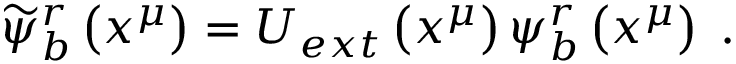
\begin{array} { r } { \widetilde { \psi } _ { b } ^ { r } \left( x ^ { \mu } \right) = U _ { e x t } \left( x ^ { \mu } \right) \psi _ { b } ^ { r } \left( x ^ { \mu } \right) \; . } \end{array}